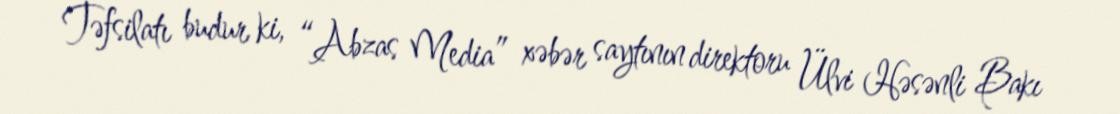
Təfsilatı budur ki, “Abzas Media” xəbər saytının direktoru Ülvi Həsənli Bakı